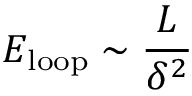
E _ { \mathrm { l o o p } } \sim \frac { L } { \delta ^ { 2 } }